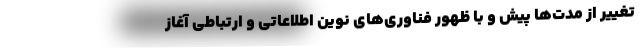
تغییر از مدت‌ها پیش و با ظهور فناوری‌های نوین اطلاعاتی و ارتباطی آغاز